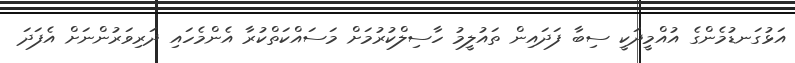
އަޅުގަނޑުމެންގެ އުއްމީދަކީ ސިބާ ފަދައިން ތައުލީމު ހާސިލްކުރުމަށް މަސައްކަތްކުރާ އެންމެހައި ދަރިވަރުންނަށް އެފަދަ